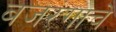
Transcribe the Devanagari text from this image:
बजरंगाचे